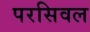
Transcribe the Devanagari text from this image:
परसिवल